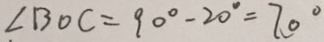
\angle B O C = 9 0 ^ { \circ } - 2 0 ^ { \circ } = 7 0 ^ { \circ }